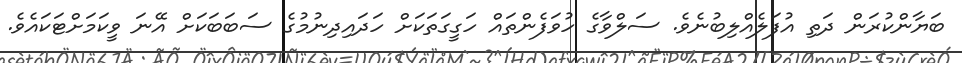
ބަޔާންކުރަން ދަތި އުފަލެއްލިބުނެވެ. ސަލްވާގެ ހުވަފެންތައް ހަގީގަތަކަށް ހަދައިދިނުމުގެ ސަބަބަކަށް އޭނަ ވީކަމަށްޓަކައެވެ.